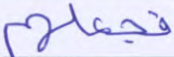
فجعلهم